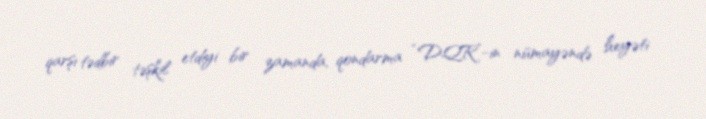
qarşı tədbir təşkil etdiyi bir zamanda, qondarma “DQR”-in nümayəndə heyəti